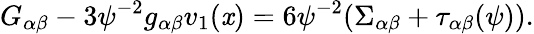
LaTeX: G_{\alpha\beta}-3\psi^{-2}g_{\alpha\beta}v_{1}(\mathit{x})=6\psi^{-2}(\Sigma_{\alpha\beta}+\tau_{\alpha\beta}(\psi)).